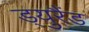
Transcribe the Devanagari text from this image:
ड्युरैंड